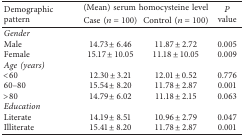
| <ROWSPAN=2> Demographic pattern | <COLSPAN=2> (Mean) serum homocysteine level | <ROWSPAN=2> P value |
 | Case (n=100) | Control (n=100) |
 | --- | --- | --- | --- |
 | Gender |  |  |  |
 | Male | 14.73 ± 6.46 | 11.87 ± 2.72 | 0.005 |
 | Female | 15.17 ± 10.05 | 11.18 ± 10.05 | 0.009 |
 | Age (years) |  |  |  |
 | <60 | 12.30 ± 3.21 | 12.01 ± 0.52 | 0.776 |
 | 60–80 | 15.54 ± 8.20 | 11.78 ± 2.87 | 0.001 |
 | >80 | 14.79 ± 6.02 | 11.18 ± 2.15 | 0.063 |
 | Education |  |  |  |
 | Literate | 14.19 ± 8.51 | 10.96 ± 2.79 | 0.047 |
 | Illiterate | 15.41 ± 8.20 | 11.78 ± 2.87 | 0.001 |